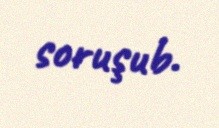
soruşub.